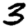
Digit: 3